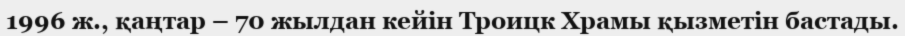
1996 ж., қаңтар – 70 жылдан кейін Троицк Храмы қызметін бастады.